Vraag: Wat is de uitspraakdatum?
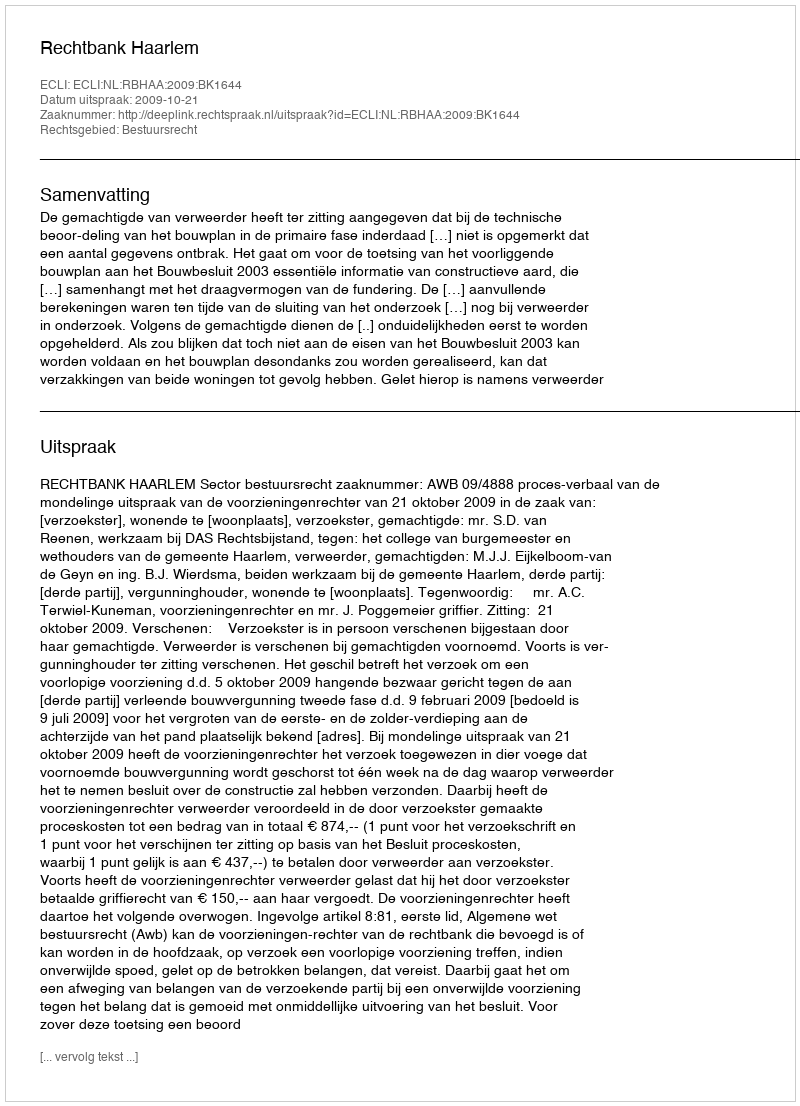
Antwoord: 2009-10-21